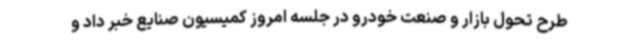
طرح تحول بازار و صنعت خودرو در جلسه امروز کمیسیون صنایع خبر داد و